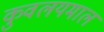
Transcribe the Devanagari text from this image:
कुवलयमाल